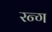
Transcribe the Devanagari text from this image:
रन्ग